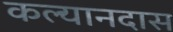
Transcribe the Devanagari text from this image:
कल्यानदास